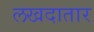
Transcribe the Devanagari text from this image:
लखदातार